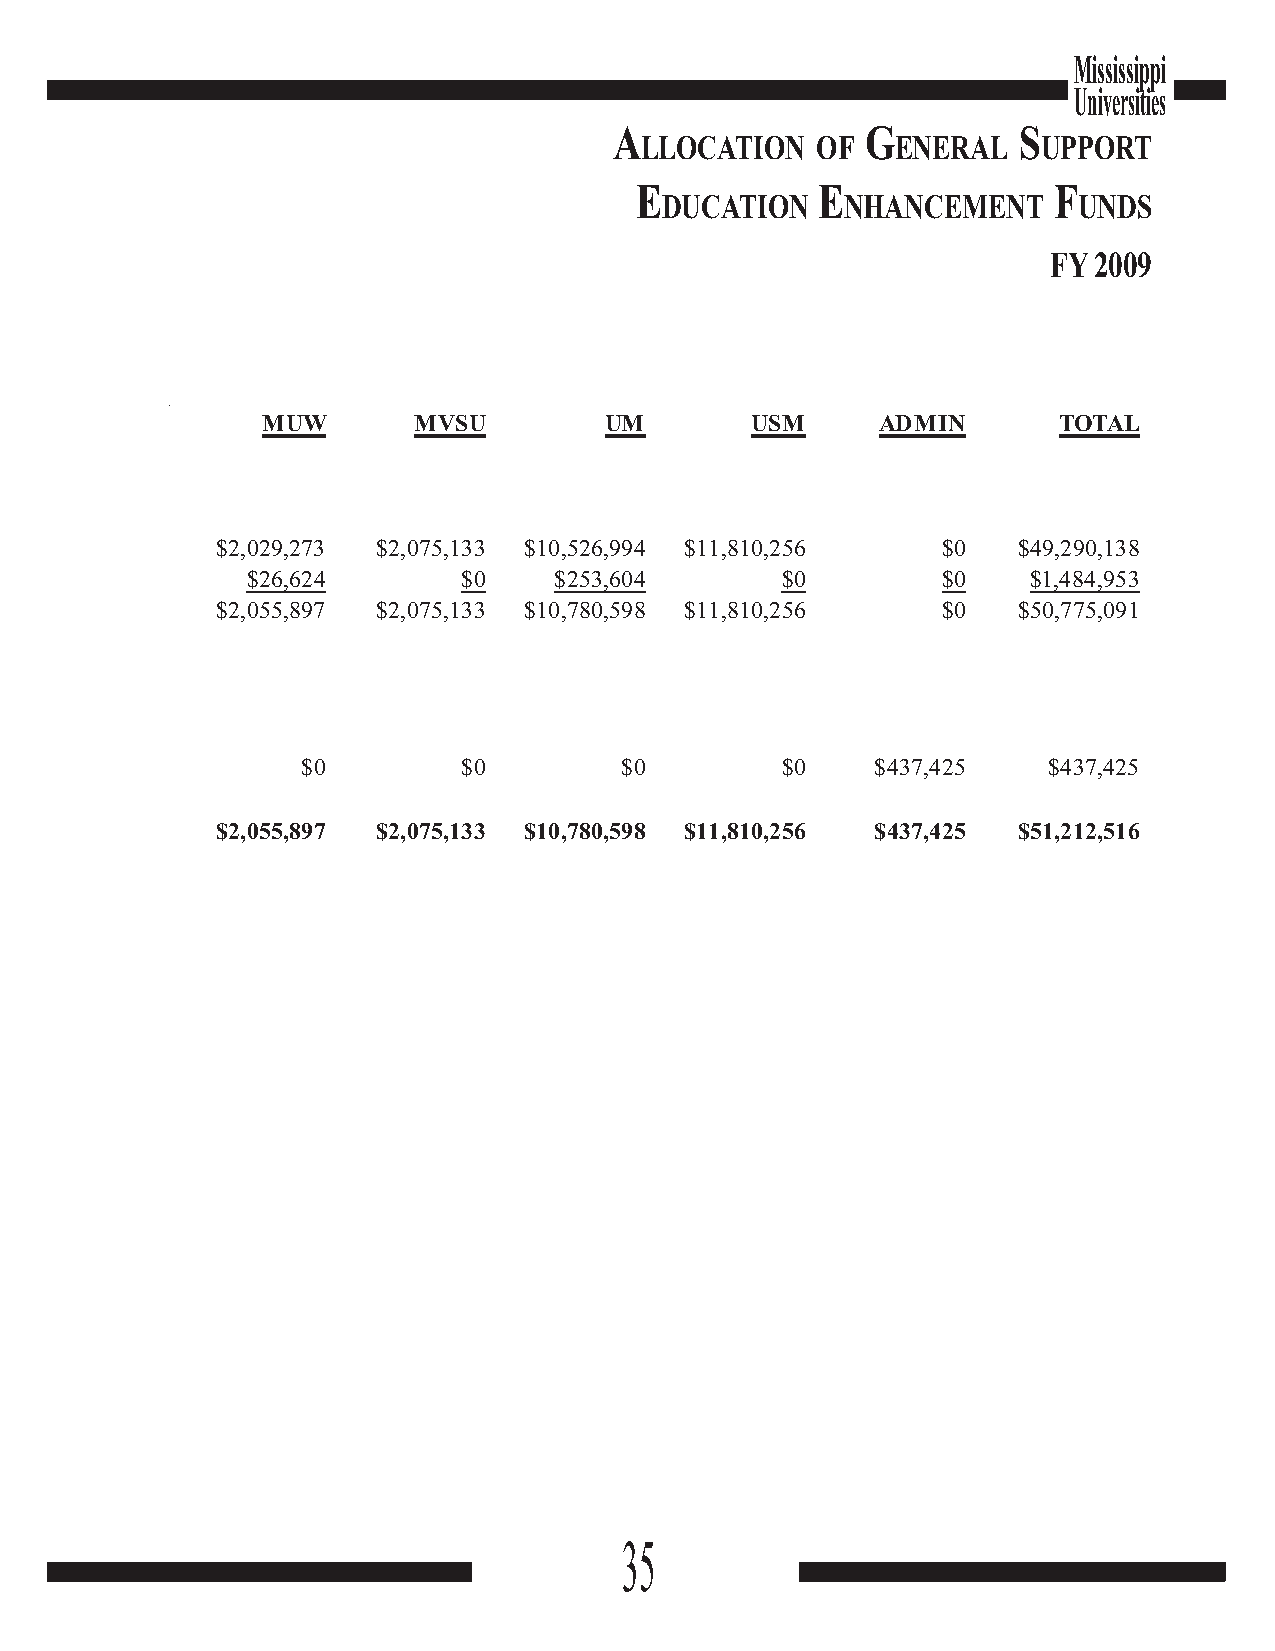
Mississippi
 Universities
 A               G         S
 LLOCATION   OF   ENERAL    UPPORT
 E           E               F
 DUCATION    NHANCEMENT     UNDS
 FY 2009
 MUW       MVSU         UM        USM     ADMIN       TOTAL
 $2,029,273 $2,075,133 $10,526,994 $11,810,256   $0   $49,290,138
 $26,624        $0    $253,604       $0        $0    $1,484,953
 $2,055,897 $2,075,133 $10,780,598 $11,810,256   $0   $50,775,091
 $0         $0        $0         $0    $437,425   $437,425
 $2,055,897 $2,075,133 $10,780,598 $11,810,256 $437,425 $51,212,516
 35